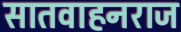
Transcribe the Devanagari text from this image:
सातवाहनराज